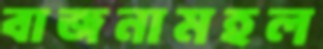
বাজনামহল